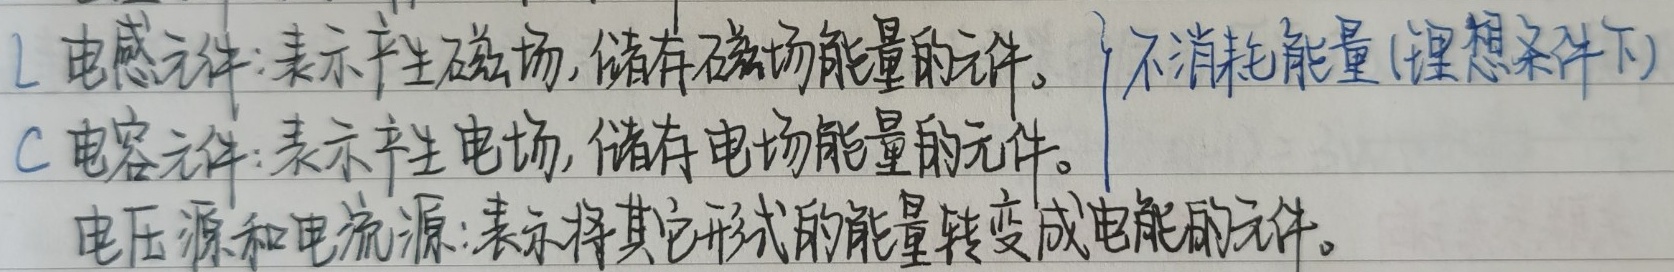
L电感元件：表示产生磁场，储存磁场能量的元件。  不消耗能量(理想条件下)
C电容元件：表示产生电场，储存电场能量的元件。
电压源和电流源：表示将其它形式的能量转变成电能的元件。